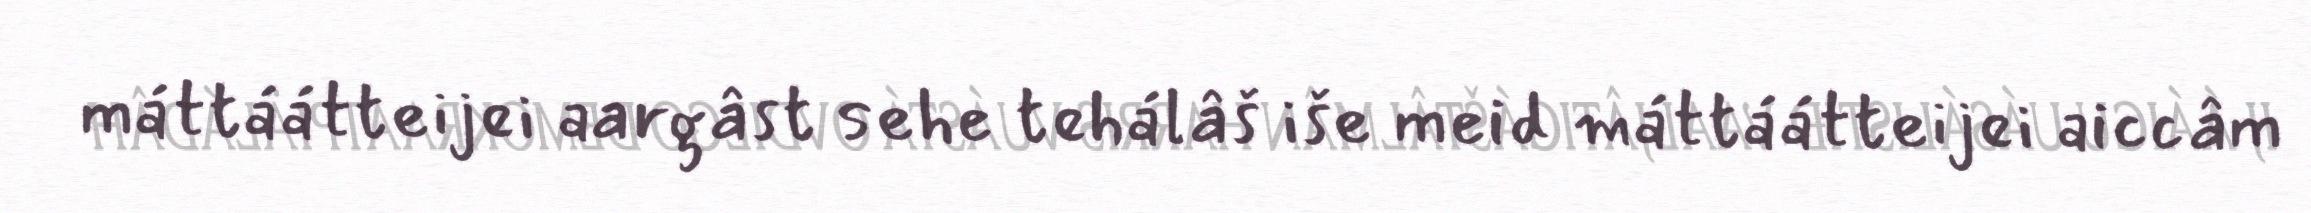
máttáátteijei aargâst sehe tehálâš iše meid máttáátteijei aiccâm